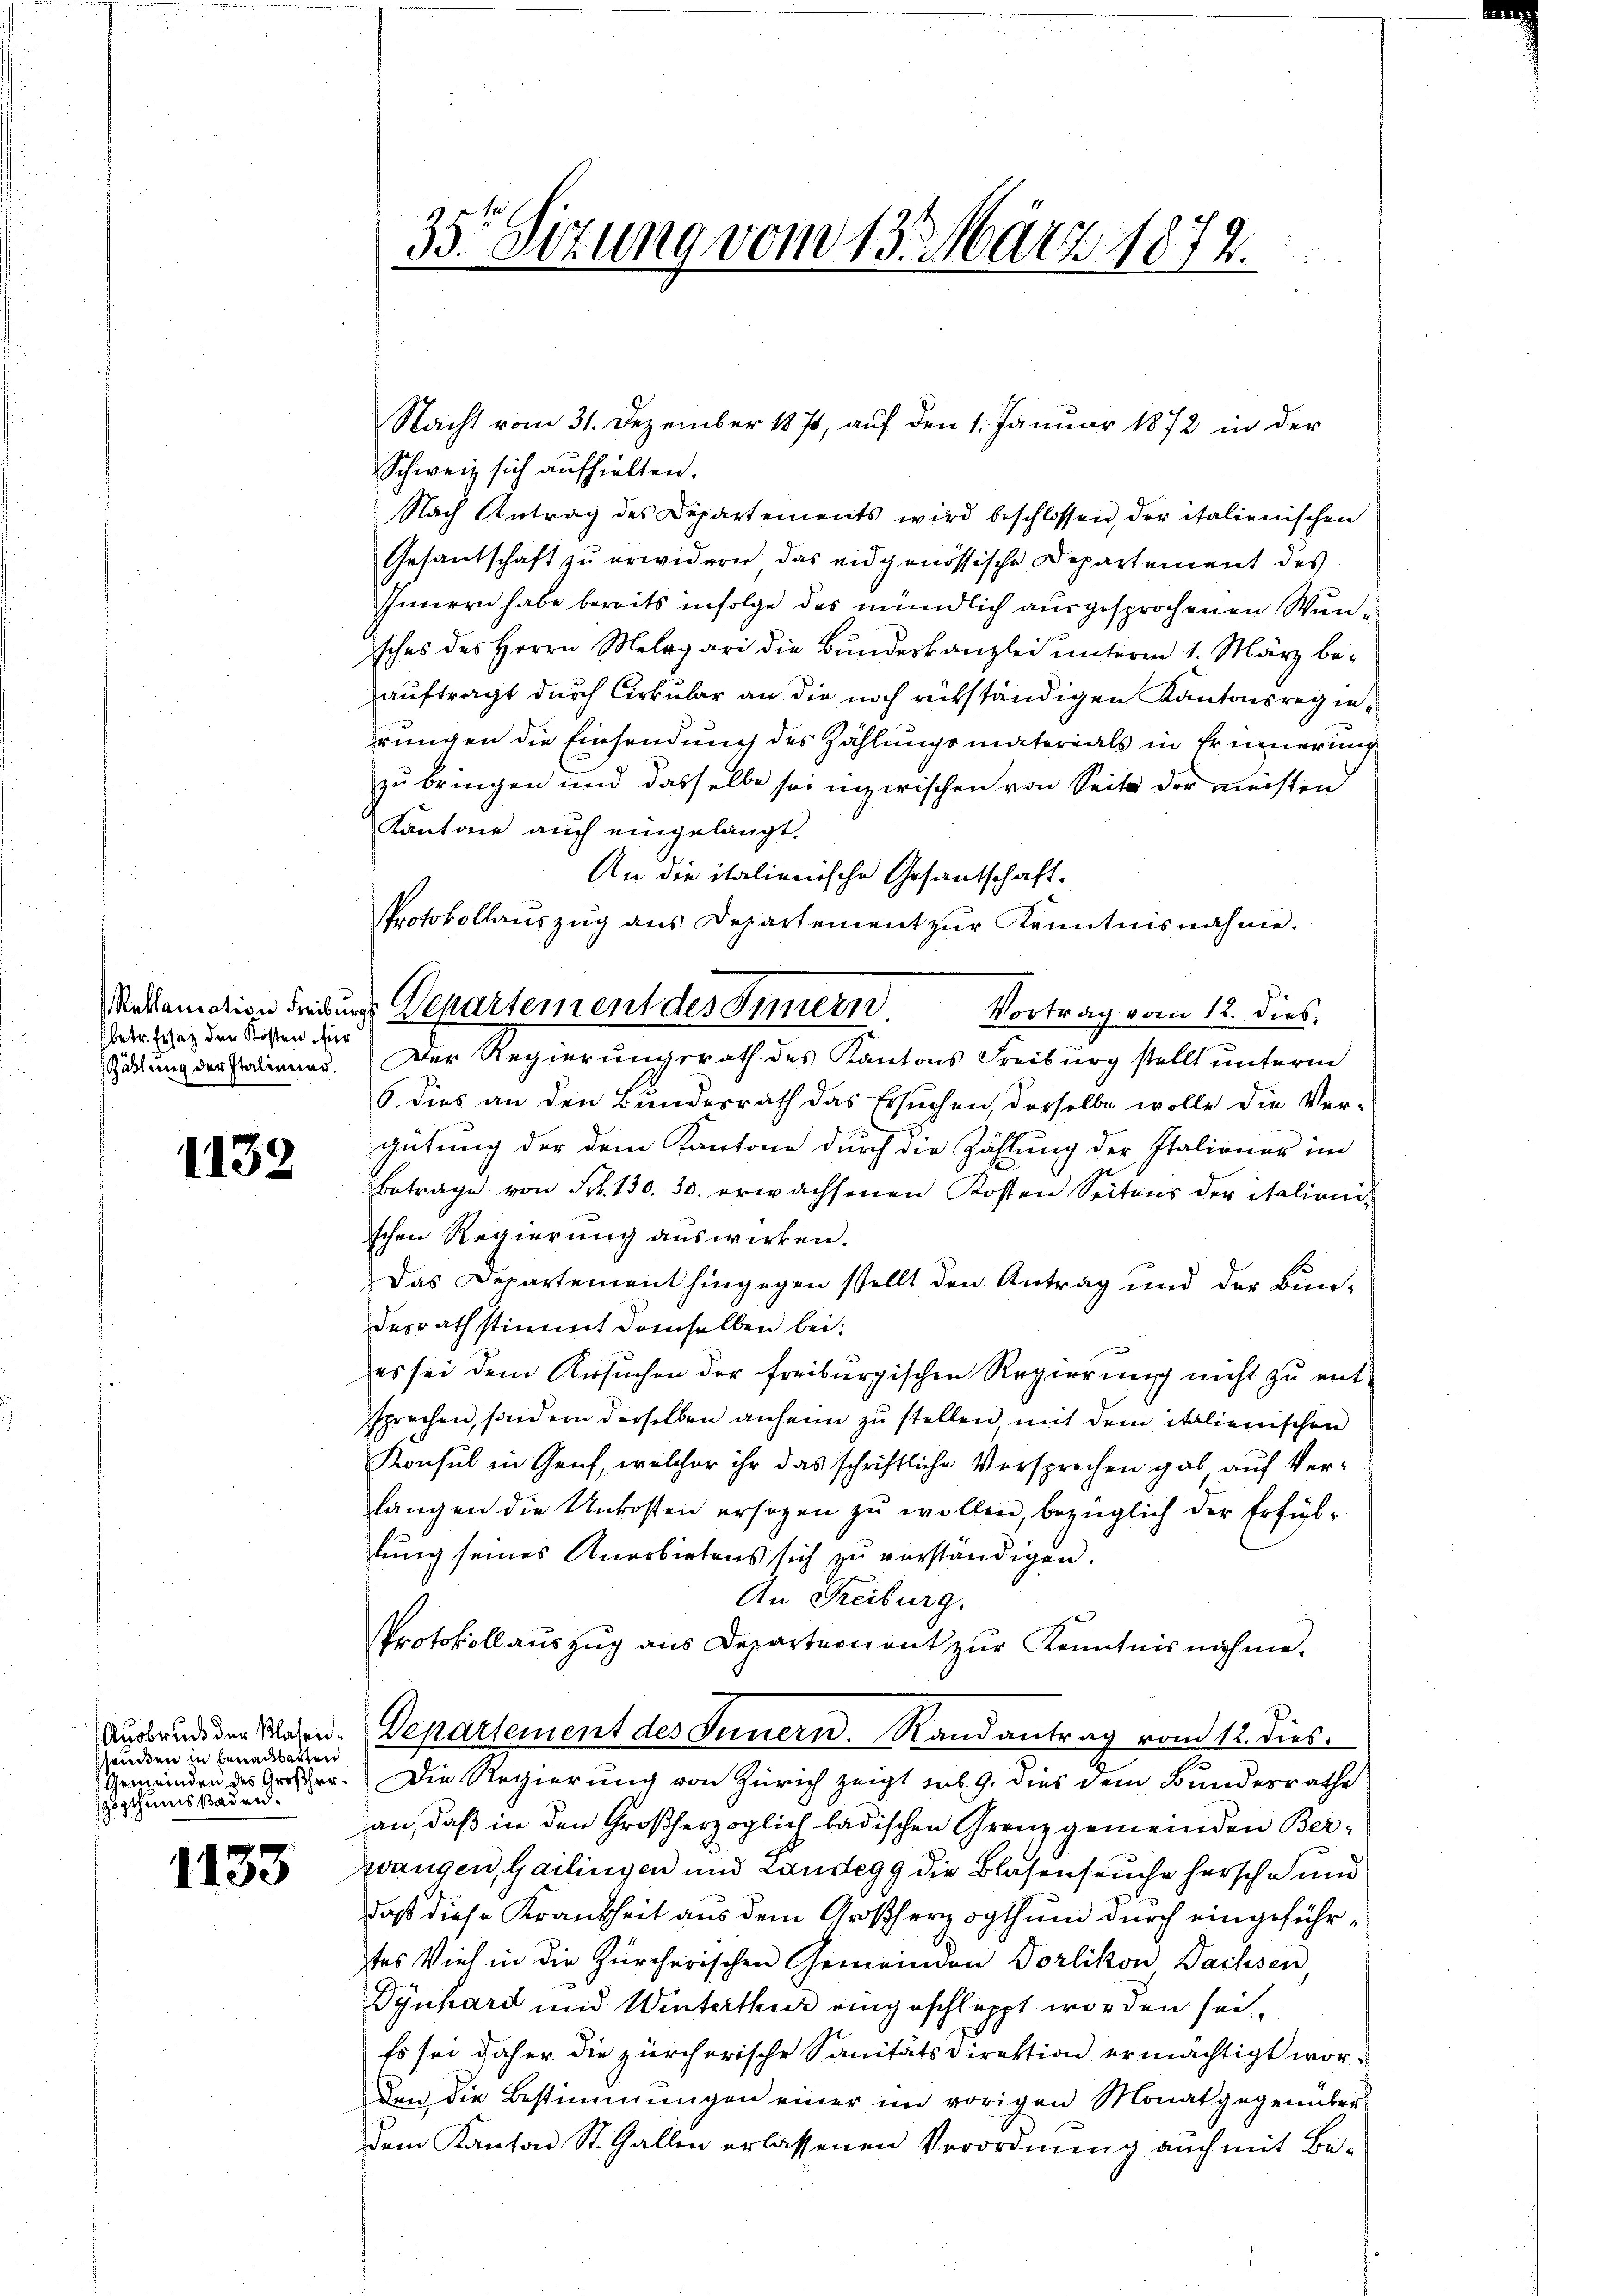
betr. Ersatz der Kosten für

1132

sandten in benachbarten
zogthums Baden.

1133

Schweiz sich aufhielten.
Nach Antrag des Departements wird beschlossen, der italienischen
Gesantschaft zu erwidern das eidgenössische Departement des
Innern habe bereits infolge das mündlich ausgesprochenen Wunisches des Herrn Melagari die Bŭndeskanzlei ŭnterm 1. März be-
auftragt durch Cirkular an die noch rükständigen Kantonsregierungen die Einsendung des Zahlungsmaterials in Erinnerung
zu bringen und dasselbe sei inzwischen von Seite der meisten
Kantone auch eingelangt.
An die italienische Gesantschaft.
Protokollaŭszŭg ans Departement zŭr Kenntnisnahme.
Vortrag vom 12. dies.
Gattung der Italienas. Der Regierungsrath des Kantons Freiburg stellt unterm
6. dies an den Bundesrath das Ersuchen, derselbe wolle die Vergütung der dem Kantone durch die Zählung der Italiener im
Betrage von Frk. 130. 30. erwachsenen Kosten Seitens der italionis
schen Regierung auswirken.
Das Departement hingegen stellt den Antrag und der Bun-
desrath stimmt demselben bei:
es sei dem Ursuchen der freiburgischen Regierung nicht zu entsprechen, sondern derselben anheim zu stellen mit dem italienischen
Konsul in Genf, welcher ihr das schriftliche Versprechen gab auf Verlangen die Unkosten ersagen zu wollen, bezüglich der Erfüllung seines Anerbietens sich zu verständigen.
An Freiburg.
Protokollaŭszŭg ans Departement zŭr Kenntnis nähme.
Ausbrude der Platen. Departement des Innern. Randantrag vom 12. dies
Gemeinden des Orcher. Die Regierung von Zürich zeigt sub. 9. dies dem Bundesrathe
an, daß in den Großherzoglich badischen Grenz gemeinden Berzwangen, Gailingen und Landegg die Blasenseuche hersche und
daß diese Krankheit aus dem Großherzogthum durch eingeführtes Viel in die Zürcherischen Gemeinden Dorlikon Dachsen,
Dynhard und Winterthur eingeschleppt worden sei
Es sei daher die zürcherische Sanitätsdirektion ermächtigt worden die Bestimmungen einer im vorigen Monat gegenüber
dem Kanton St. Gallen erlassenen Verordnung auch mit Be¬

355 Sizung vom 13. März 1874.

Meklamation Freibungs Departement des Innern

Nacht vom 31. Dezember 1871, auf den 1. Januar 1872 in der